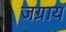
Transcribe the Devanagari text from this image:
जग्राय